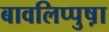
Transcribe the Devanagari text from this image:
बावलिप्पुष़ा